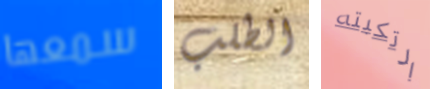
سمعها الطلب ارتكبته